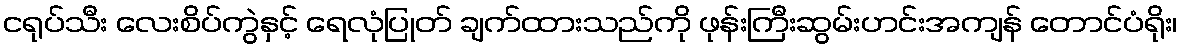
ငရုပ်သီး လေးစိပ်ကွဲနှင့် ရေလုံပြုတ် ချက်ထားသည်ကို ဖုန်းကြီးဆွမ်းဟင်းအကျန် တောင်ပံရိုး၊